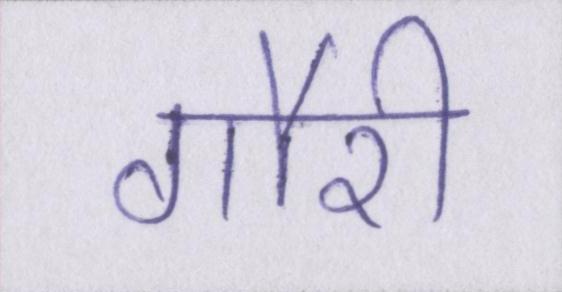
गौरी